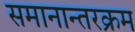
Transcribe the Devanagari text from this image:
समानान्तरक्रम